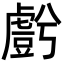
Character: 𮓬